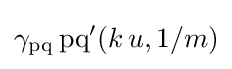
\gamma _{\operatorname {pq} }\operatorname {pq} '(k\,u,1/m)